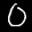
Label: 0